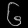
Digit: ၆